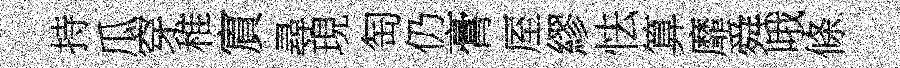
持瓜穿稚賔尋現匋仍膏厔繆怯算靡舜哦條